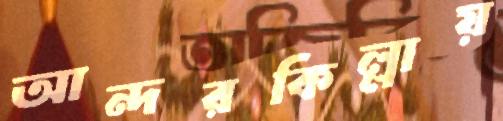
আন্দরকিল্লায়